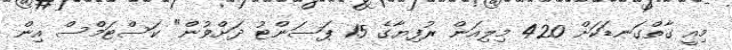
މިއީ ގާތްގަނޑަކަށް 420 މިލިއަން ރުފިޔާގެ 15 ޕަސަންޓު ދަށްވުން" ކަސްޓަމްސް އިން